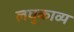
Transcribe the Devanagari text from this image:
लघुकाव्य